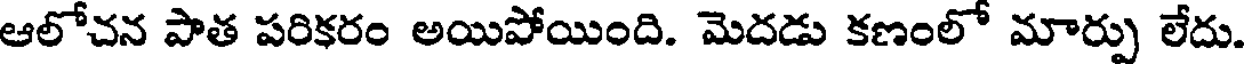
ఆలోచన పాత పరికరం అయిపోయింది. మెదడు కణంలో మార్పు లేదు.